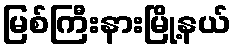
မြစ်ကြီးနားမြို့နယ်